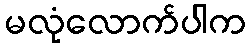
မလုံလောက်ပါက